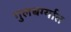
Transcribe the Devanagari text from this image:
गुलबर्ग्यात